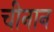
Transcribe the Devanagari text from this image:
चीनान